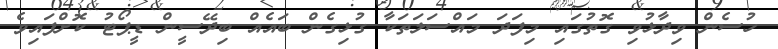
ހުސެން ވިދާޅުވި ގޮތުގައި މިފަދަ މައްސަލަތަކާ ގުޅިގެން ބައެއް ބިދޭސީން ޑީޕޯޓު ކޮށްފައިވެ